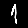
Digit: 1